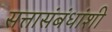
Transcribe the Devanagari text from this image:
सत्तासंबंधांशी